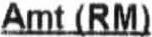
AMT (RM)